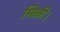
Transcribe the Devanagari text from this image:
मिळी।